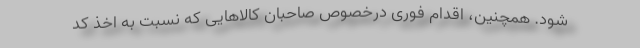
شود. همچنین، اقدام فوری درخصوص صاحبان کالاهایی که نسبت به اخذ کد